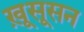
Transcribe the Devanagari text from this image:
ख़ूसूसन